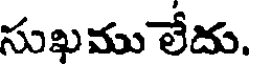
సుఖము లేదు.